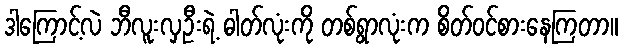
ဒါကြောင့်လဲ ဘီလူးလှဦးရဲ့ ဓါတ်လုံးကို တစ်ရွာလုံးက စိတ်ဝင်စားနေကြတာ။